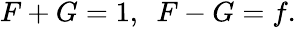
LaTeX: \begin{array}{r}{F+G=1,~~F-G=f.}\end{array}